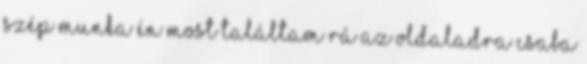
szép munka Én most találtam rá az oldaladra Csaba